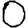
Digit: 0